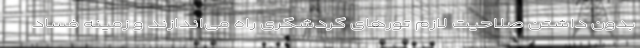
بدون داشتن صلاحیت لازم تورهای گردشگری راه می‌اندازند و زمینه فساد